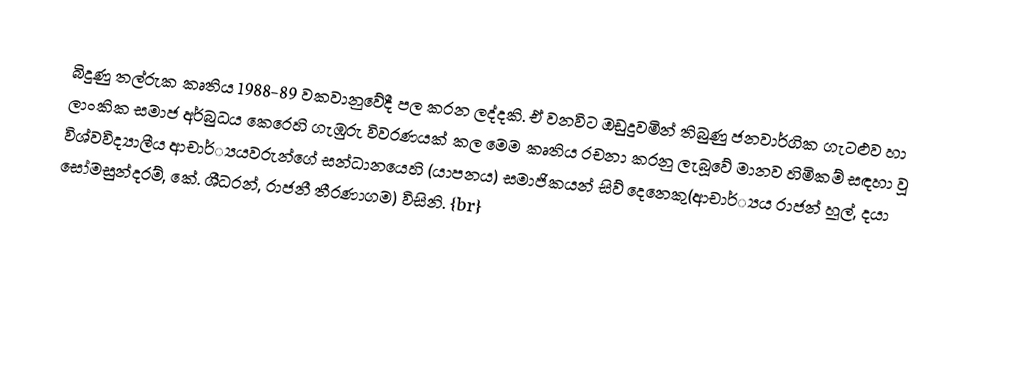
බිදුණු තල්රුක කෘතිය 1988-89 වකවානුවේදී පල කරන ලද්දකි. ඒ වනවිට ඔඩුදුවමින් තිබුණු ජනවාර්ගික ගැටළුව හා ලාංකික සමාජ අර්බුධය කෙරෙහි ගැඹුරු විවරණයක් කල මෙම කෘතිය රචනා කරනු ලැබූවේ මානව හිමිකම් සඳහා වූ විශ්වවිද්‍යාලීය ආචාර්්‍යයවරුන්ගේ සන්ධානයෙහි (යාපනය) සමාජිකයන් සිව් දෙනෙකු(ආචාර්්‍යය රාජන් හූල්, දයා සෝමසුන්දරම්, කේ. ශීධරන්, රාජනී තීරණාගම) විසිනි. {br}